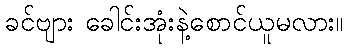
ခင်ဗျား ခေါင်းအုံးနဲ့စောင်ယူမလား။